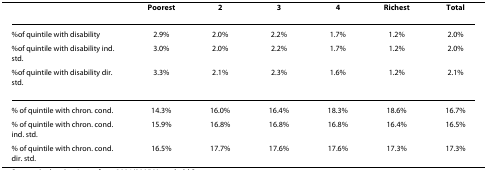
|  | Poorest | 2 | 3 | 4 | Richest | Total |
 | --- | --- | --- | --- | --- | --- | --- |
 | %of quintile with disability | 2.9% | 2.0% | 2.2% | 1.7% | 1.2% | 2.0% |
 | %of quintile with disability ind. std. | 3.0% | 2.0% | 2.2% | 1.7% | 1.2% | 2.0% |
 | %of quintile with disability dir. std. | 3.3% | 2.1% | 2.3% | 1.6% | 1.2% | 2.1% |
 | % of quintile with chron. cond. | 14.3% | 16.0% | 16.4% | 18.3% | 18.6% | 16.7% |
 | % of quintile with chron. cond. ind. std. | 15.9% | 16.8% | 16.8% | 16.8% | 16.4% | 16.5% |
 | % of quintile with chron. cond. dir. std. | 16.5% | 17.7% | 17.6% | 17.6% | 17.3% | 17.3% |